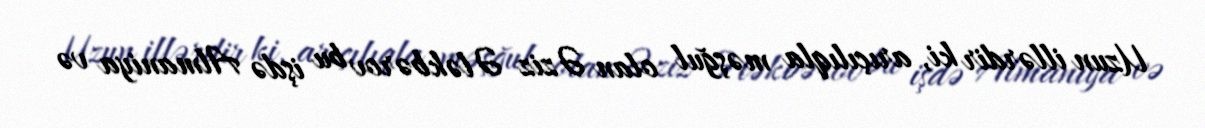
Uzun illərdir ki, arıçılıqla məşğul olan Əziz Ələkbərov bu işdə Almaniya və